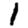
Digit: 1